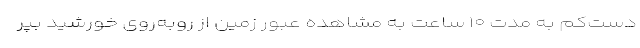
دست‌کم به مدت ۱۰ ساعت به مشاهدهٔ عبور زمین از روبه‌روی خورشید بپر